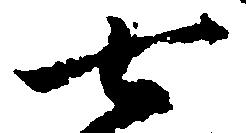
七